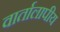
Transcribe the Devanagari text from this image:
वार्तालापीय